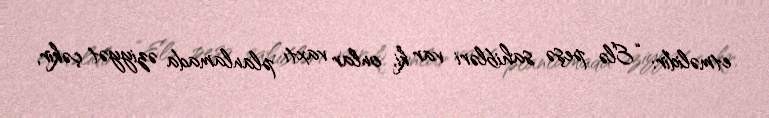
etməlidir: “Elə peşə sahibləri var ki, onlar vaxtı planlamada əziyyət çəkir,